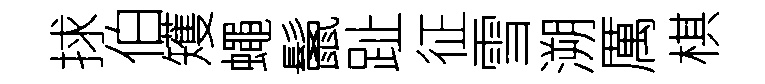
捄伯矱蠅鬛趾征雪溯厲棋